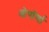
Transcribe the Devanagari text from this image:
ओपॉर्णा